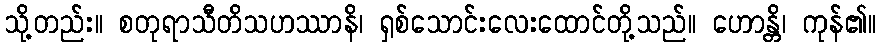
သို့တည်း။ စတုရာသီတိသဟဿာနိ၊ ရှစ်သောင်းလေးထောင်တို့သည်။ ဟောန္တိ၊ ကုန်၏။